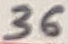
Text: 36